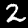
Label: 2